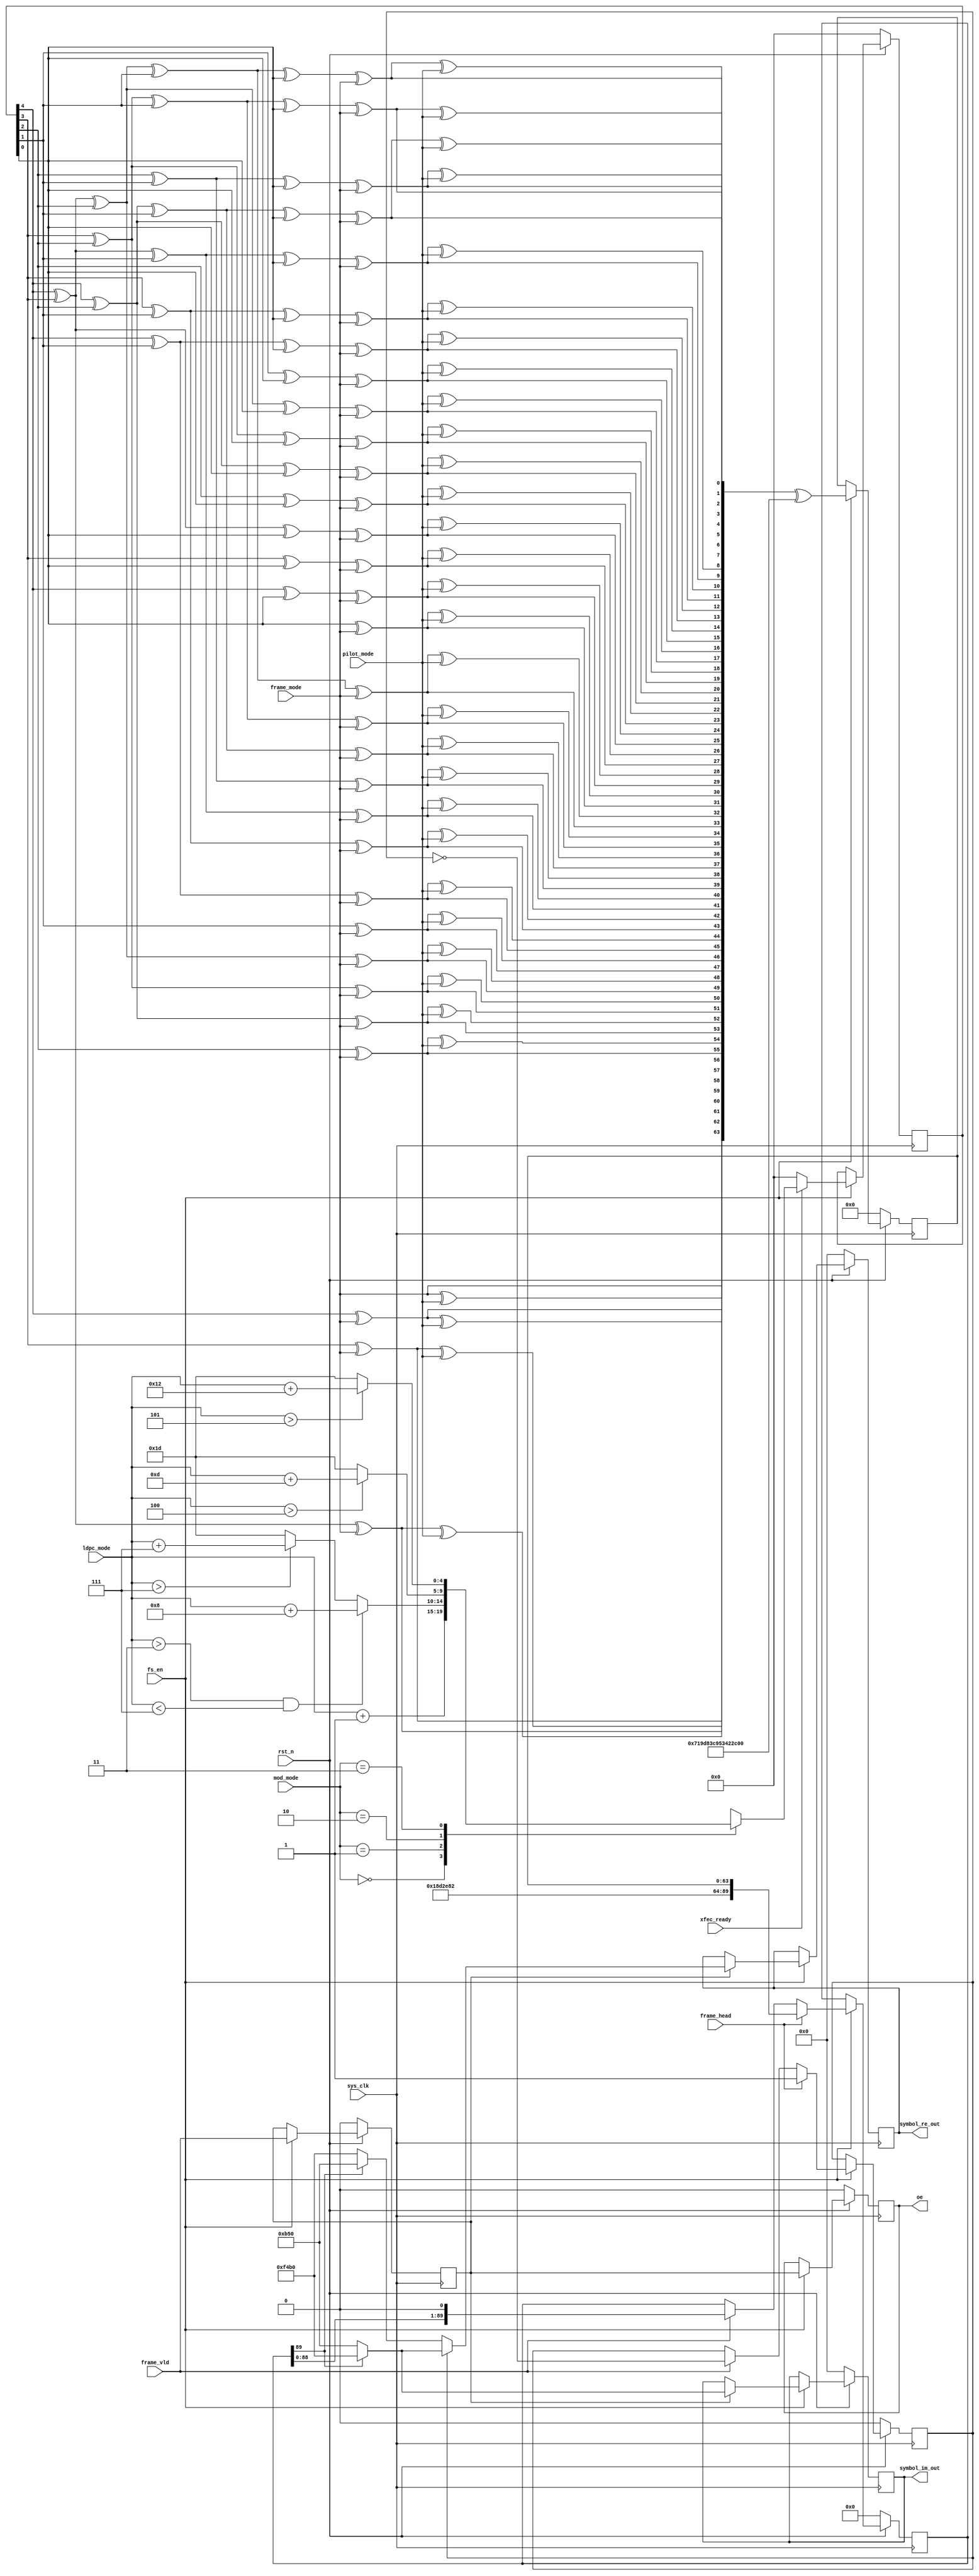
`timescale 1ns / 1ps
module genplheader(
input	          							sys_clk,
input											fs_en,
input	          							rst_n,
//////////////////////////////////////////////////////////////
input	          							frame_vld,
input	          							frame_head,
input	          							xfec_ready,// must earlier 2 cycles than frame_head
input	          		[1:0]				mod_mode,
input	          		[3:0]				ldpc_mode,
input	          							frame_mode,
input	          							pilot_mode,

output 				reg						oe,
output 				reg	signed	[15:0]			symbol_re_out,
output 				reg	signed	[15:0]			symbol_im_out
);

reg							[4:0]			MODCOD;

always @(posedge sys_clk)begin
	if(~rst_n)begin
		MODCOD <= 5'b00000;
	end
	else if(fs_en == 1'b1)begin
		if(xfec_ready == 1'b1)begin
			case(mod_mode)
			2'b00:begin
				MODCOD <= ldpc_mode + 5'b00001;
			end
			2'b01:begin
				if((ldpc_mode>4'b0011)&&(ldpc_mode<4'b0111))begin
					MODCOD <= ldpc_mode + 5'b01000;
				end
				else if(ldpc_mode>4'b0111)begin
					MODCOD <= ldpc_mode + 5'b00111;
				end
				else begin
					MODCOD <= 5'b11101;
				end
			end
			2'b10:begin
				if(ldpc_mode>4'b0100)begin
					MODCOD <= ldpc_mode + 5'b01101;
				end
				else begin
					MODCOD <= 5'b11101;
				end
			end
			2'b11:begin
				if(ldpc_mode>4'b0101)begin
					MODCOD <= ldpc_mode + 5'b10010;
				end
				else begin
					MODCOD <= 5'b11101;
				end
			end
			default:begin
				MODCOD <= 5'b11101;
			end
			endcase
		end
		else begin
			MODCOD <= 5'b00000;
		end
	end
	else begin
	end
end

wire			[1:0]				TYPE_BIT;

assign	TYPE_BIT = {pilot_mode,frame_mode};

wire			[3:0]				Header_y_1msb;
wire			[3:0]				Header_y_2msb;
wire			[3:0]				Header_y_3msb;
wire			[3:0]				Header_y_4msb;
wire			[3:0]				Header_y_5msb;
wire			[3:0]				Header_y_6msb;
wire			[3:0]				Header_y_7msb;
wire			[3:0]				Header_y_8msb;

// matrix y1~y32
assign	Header_y_1msb = {TYPE_BIT[0],(MODCOD[4])^TYPE_BIT[0],(MODCOD[3])^TYPE_BIT[0],(MODCOD[4])^(MODCOD[3])^TYPE_BIT[0]};
assign	Header_y_2msb = {(MODCOD[2])^TYPE_BIT[0],(MODCOD[4])^(MODCOD[2])^TYPE_BIT[0],(MODCOD[3])^(MODCOD[2])^TYPE_BIT[0],(MODCOD[4])^(MODCOD[3])^(MODCOD[2])^TYPE_BIT[0]};
assign	Header_y_3msb = {(MODCOD[1])^TYPE_BIT[0],(MODCOD[4])^(MODCOD[1])^TYPE_BIT[0],(MODCOD[3])^(MODCOD[1])^TYPE_BIT[0],(MODCOD[4])^(MODCOD[3])^(MODCOD[1])^TYPE_BIT[0]};
assign	Header_y_4msb = {(MODCOD[2])^(MODCOD[1])^TYPE_BIT[0],(MODCOD[4])^(MODCOD[2])^(MODCOD[1])^TYPE_BIT[0],(MODCOD[3])^(MODCOD[2])^(MODCOD[1])^TYPE_BIT[0],(MODCOD[4])^(MODCOD[3])^(MODCOD[2])^(MODCOD[1])^TYPE_BIT[0]};
assign	Header_y_5msb = {(MODCOD[0])^TYPE_BIT[0],(MODCOD[4])^(MODCOD[0])^TYPE_BIT[0],(MODCOD[3])^(MODCOD[0])^TYPE_BIT[0],(MODCOD[4])^(MODCOD[3])^(MODCOD[0])^TYPE_BIT[0]};
assign	Header_y_6msb = {(MODCOD[2])^(MODCOD[0])^TYPE_BIT[0],(MODCOD[4])^(MODCOD[2])^(MODCOD[0])^TYPE_BIT[0],(MODCOD[3])^(MODCOD[2])^(MODCOD[0])^TYPE_BIT[0],(MODCOD[4])^(MODCOD[3])^(MODCOD[2])^(MODCOD[0])^TYPE_BIT[0]};
assign	Header_y_7msb = {(MODCOD[1])^(MODCOD[0])^TYPE_BIT[0],(MODCOD[4])^(MODCOD[1])^(MODCOD[0])^TYPE_BIT[0],(MODCOD[3])^(MODCOD[1])^(MODCOD[0])^TYPE_BIT[0],(MODCOD[4])^(MODCOD[3])^(MODCOD[1])^(MODCOD[0])^TYPE_BIT[0]};
assign	Header_y_8msb = {(MODCOD[2])^(MODCOD[1])^(MODCOD[0])^TYPE_BIT[0],(MODCOD[4])^(MODCOD[2])^(MODCOD[1])^(MODCOD[0])^TYPE_BIT[0],(MODCOD[3])^(MODCOD[2])^(MODCOD[1])^(MODCOD[0])^TYPE_BIT[0],(MODCOD[4])^(MODCOD[3])^(MODCOD[2])^(MODCOD[1])^(MODCOD[0])^TYPE_BIT[0]};

// matrix y32~y1
wire			[3:0]				Header_y_1msb_inv;
wire			[3:0]				Header_y_2msb_inv;
wire			[3:0]				Header_y_3msb_inv;
wire			[3:0]				Header_y_4msb_inv;
wire			[3:0]				Header_y_5msb_inv;
wire			[3:0]				Header_y_6msb_inv;
wire			[3:0]				Header_y_7msb_inv;
wire			[3:0]				Header_y_8msb_inv;

assign	Header_y_1msb_inv = {Header_y_1msb[0],Header_y_1msb[1],Header_y_1msb[2],Header_y_1msb[3]};
assign	Header_y_2msb_inv = {Header_y_2msb[0],Header_y_2msb[1],Header_y_2msb[2],Header_y_2msb[3]};
assign	Header_y_3msb_inv = {Header_y_3msb[0],Header_y_3msb[1],Header_y_3msb[2],Header_y_3msb[3]};
assign	Header_y_4msb_inv = {Header_y_4msb[0],Header_y_4msb[1],Header_y_4msb[2],Header_y_4msb[3]};
assign	Header_y_5msb_inv = {Header_y_5msb[0],Header_y_5msb[1],Header_y_5msb[2],Header_y_5msb[3]};
assign	Header_y_6msb_inv = {Header_y_6msb[0],Header_y_6msb[1],Header_y_6msb[2],Header_y_6msb[3]};
assign	Header_y_7msb_inv = {Header_y_7msb[0],Header_y_7msb[1],Header_y_7msb[2],Header_y_7msb[3]};
assign	Header_y_8msb_inv = {Header_y_8msb[0],Header_y_8msb[1],Header_y_8msb[2],Header_y_8msb[3]};

parameter	Header_Scramble_Arrays = 64'b0111000110011101100000111100100101010011010000100010110111111010;

wire			[7:0]				PLS_BIT_1msb;
wire			[7:0]				PLS_BIT_2msb;
wire			[7:0]				PLS_BIT_3msb;
wire			[7:0]				PLS_BIT_4msb;
wire			[7:0]				PLS_BIT_5msb;
wire			[7:0]				PLS_BIT_6msb;
wire			[7:0]				PLS_BIT_7msb;
wire			[7:0]				PLS_BIT_8msb;

wire			[7:0]				PLS_BIT_1msb_inv;
wire			[7:0]				PLS_BIT_2msb_inv;
wire			[7:0]				PLS_BIT_3msb_inv;
wire			[7:0]				PLS_BIT_4msb_inv;
wire			[7:0]				PLS_BIT_5msb_inv;
wire			[7:0]				PLS_BIT_6msb_inv;
wire			[7:0]				PLS_BIT_7msb_inv;
wire			[7:0]				PLS_BIT_8msb_inv;


assign	PLS_BIT_1msb = {Header_y_1msb[3],Header_y_1msb[3]^TYPE_BIT[1],Header_y_1msb[2],Header_y_1msb[2]^TYPE_BIT[1],Header_y_1msb[1],Header_y_1msb[1]^TYPE_BIT[1],Header_y_1msb[0],Header_y_1msb[0]^TYPE_BIT[1]};
assign	PLS_BIT_2msb = {Header_y_2msb[3],Header_y_2msb[3]^TYPE_BIT[1],Header_y_2msb[2],Header_y_2msb[2]^TYPE_BIT[1],Header_y_2msb[1],Header_y_2msb[1]^TYPE_BIT[1],Header_y_2msb[0],Header_y_2msb[0]^TYPE_BIT[1]};
assign	PLS_BIT_3msb = {Header_y_3msb[3],Header_y_3msb[3]^TYPE_BIT[1],Header_y_3msb[2],Header_y_3msb[2]^TYPE_BIT[1],Header_y_3msb[1],Header_y_3msb[1]^TYPE_BIT[1],Header_y_3msb[0],Header_y_3msb[0]^TYPE_BIT[1]};
assign	PLS_BIT_4msb = {Header_y_4msb[3],Header_y_4msb[3]^TYPE_BIT[1],Header_y_4msb[2],Header_y_4msb[2]^TYPE_BIT[1],Header_y_4msb[1],Header_y_4msb[1]^TYPE_BIT[1],Header_y_4msb[0],Header_y_4msb[0]^TYPE_BIT[1]};
assign	PLS_BIT_5msb = {Header_y_5msb[3],Header_y_5msb[3]^TYPE_BIT[1],Header_y_5msb[2],Header_y_5msb[2]^TYPE_BIT[1],Header_y_5msb[1],Header_y_5msb[1]^TYPE_BIT[1],Header_y_5msb[0],Header_y_5msb[0]^TYPE_BIT[1]};
assign	PLS_BIT_6msb = {Header_y_6msb[3],Header_y_6msb[3]^TYPE_BIT[1],Header_y_6msb[2],Header_y_6msb[2]^TYPE_BIT[1],Header_y_6msb[1],Header_y_6msb[1]^TYPE_BIT[1],Header_y_6msb[0],Header_y_6msb[0]^TYPE_BIT[1]};
assign	PLS_BIT_7msb = {Header_y_7msb[3],Header_y_7msb[3]^TYPE_BIT[1],Header_y_7msb[2],Header_y_7msb[2]^TYPE_BIT[1],Header_y_7msb[1],Header_y_7msb[1]^TYPE_BIT[1],Header_y_7msb[0],Header_y_7msb[0]^TYPE_BIT[1]};
assign	PLS_BIT_8msb = {Header_y_8msb[3],Header_y_8msb[3]^TYPE_BIT[1],Header_y_8msb[2],Header_y_8msb[2]^TYPE_BIT[1],Header_y_8msb[1],Header_y_8msb[1]^TYPE_BIT[1],Header_y_8msb[0],Header_y_8msb[0]^TYPE_BIT[1]};

assign	PLS_BIT_1msb_inv = {Header_y_1msb_inv[3],Header_y_1msb_inv[3]^TYPE_BIT[1],Header_y_1msb_inv[2],Header_y_1msb_inv[2]^TYPE_BIT[1],Header_y_1msb_inv[1],Header_y_1msb_inv[1]^TYPE_BIT[1],Header_y_1msb_inv[0],Header_y_1msb_inv[0]^TYPE_BIT[1]};
assign	PLS_BIT_2msb_inv = {Header_y_2msb_inv[3],Header_y_2msb_inv[3]^TYPE_BIT[1],Header_y_2msb_inv[2],Header_y_2msb_inv[2]^TYPE_BIT[1],Header_y_2msb_inv[1],Header_y_2msb_inv[1]^TYPE_BIT[1],Header_y_2msb_inv[0],Header_y_2msb_inv[0]^TYPE_BIT[1]};
assign	PLS_BIT_3msb_inv = {Header_y_3msb_inv[3],Header_y_3msb_inv[3]^TYPE_BIT[1],Header_y_3msb_inv[2],Header_y_3msb_inv[2]^TYPE_BIT[1],Header_y_3msb_inv[1],Header_y_3msb_inv[1]^TYPE_BIT[1],Header_y_3msb_inv[0],Header_y_3msb_inv[0]^TYPE_BIT[1]};
assign	PLS_BIT_4msb_inv = {Header_y_4msb_inv[3],Header_y_4msb_inv[3]^TYPE_BIT[1],Header_y_4msb_inv[2],Header_y_4msb_inv[2]^TYPE_BIT[1],Header_y_4msb_inv[1],Header_y_4msb_inv[1]^TYPE_BIT[1],Header_y_4msb_inv[0],Header_y_4msb_inv[0]^TYPE_BIT[1]};
assign	PLS_BIT_5msb_inv = {Header_y_5msb_inv[3],Header_y_5msb_inv[3]^TYPE_BIT[1],Header_y_5msb_inv[2],Header_y_5msb_inv[2]^TYPE_BIT[1],Header_y_5msb_inv[1],Header_y_5msb_inv[1]^TYPE_BIT[1],Header_y_5msb_inv[0],Header_y_5msb_inv[0]^TYPE_BIT[1]};
assign	PLS_BIT_6msb_inv = {Header_y_6msb_inv[3],Header_y_6msb_inv[3]^TYPE_BIT[1],Header_y_6msb_inv[2],Header_y_6msb_inv[2]^TYPE_BIT[1],Header_y_6msb_inv[1],Header_y_6msb_inv[1]^TYPE_BIT[1],Header_y_6msb_inv[0],Header_y_6msb_inv[0]^TYPE_BIT[1]};
assign	PLS_BIT_7msb_inv = {Header_y_7msb_inv[3],Header_y_7msb_inv[3]^TYPE_BIT[1],Header_y_7msb_inv[2],Header_y_7msb_inv[2]^TYPE_BIT[1],Header_y_7msb_inv[1],Header_y_7msb_inv[1]^TYPE_BIT[1],Header_y_7msb_inv[0],Header_y_7msb_inv[0]^TYPE_BIT[1]};
assign	PLS_BIT_8msb_inv = {Header_y_8msb_inv[3],Header_y_8msb_inv[3]^TYPE_BIT[1],Header_y_8msb_inv[2],Header_y_8msb_inv[2]^TYPE_BIT[1],Header_y_8msb_inv[1],Header_y_8msb_inv[1]^TYPE_BIT[1],Header_y_8msb_inv[0],Header_y_8msb_inv[0]^TYPE_BIT[1]};



wire			[63:0]				PLS_BIT_Array;      
wire			[63:0]				PLS_BIT_Array_inv;

assign	PLS_BIT_Array = {PLS_BIT_1msb,PLS_BIT_2msb,PLS_BIT_3msb,PLS_BIT_4msb,PLS_BIT_5msb,PLS_BIT_6msb,PLS_BIT_7msb,PLS_BIT_8msb};// matrix y1~y32
assign	PLS_BIT_Array_inv = {PLS_BIT_8msb_inv,PLS_BIT_7msb_inv,PLS_BIT_6msb_inv,PLS_BIT_5msb_inv,PLS_BIT_4msb_inv,PLS_BIT_3msb_inv,PLS_BIT_2msb_inv,PLS_BIT_1msb_inv};// matrix y32~y1


reg				[63:0]				PLS_BIT;

always @(posedge sys_clk)begin
	if(~rst_n)begin
		PLS_BIT <= 64'h0;
	end
	else if(fs_en == 1'b1)begin
		PLS_BIT <= PLS_BIT_Array^Header_Scramble_Arrays;    
		//PLS_BIT <= PLS_BIT_Array_inv^Header_Scramble_Arrays;

	end
	else begin
	end
end
	
	
wire			[89:0]				PL_HEADER;	

//assign	PL_HEADER = {26'h18D2E82,PLS_BIT^{64{(~TYPE_BIT[1])}}};

assign	PL_HEADER = {26'h18D2E82,PLS_BIT};

reg								symbol_cnt_reg;

always @(posedge sys_clk)begin
	if(~rst_n)begin
		symbol_cnt_reg <= 1'h0;
	end
	else if(fs_en == 1'b1)begin
		if(frame_head == 1'b1)begin
			symbol_cnt_reg <= 1'h1;
		end
		else if(frame_vld == 1'b1)begin
			symbol_cnt_reg <= ~symbol_cnt_reg;
		end
	end
	else begin
	end
end

reg			[89:0]				PL_HEADER_shift;

always @(posedge sys_clk)begin
	if(~rst_n)begin
		PL_HEADER_shift <= 90'h00;
	end
	else if(fs_en == 1'b1)begin
		if(frame_head == 1'b1)begin
			PL_HEADER_shift <= PL_HEADER;
		end
		else if(frame_vld == 1'b1)begin
			PL_HEADER_shift <= {PL_HEADER_shift[88:0],1'b0};           //thinking
		end
	end
	else begin
	end
end

reg								frame_vld_1dly;

always @(posedge sys_clk)begin
	if(~rst_n)begin
		frame_vld_1dly <= 1'h0;
		oe			   <= 1'h0;
	end
	else if(fs_en == 1'b1)begin
		frame_vld_1dly <= frame_vld;
		oe			   <= frame_vld_1dly;
	end
	else begin
	end
end

always @(posedge sys_clk)begin
	if(~rst_n)begin
		symbol_re_out <= 16'sh0000;
		symbol_im_out <= 16'sh0000;
	end
	else if(fs_en == 1'b1)begin
		if(frame_vld_1dly == 1'b1)begin
			if(symbol_cnt_reg == 1'b1)begin
				if(PL_HEADER_shift[89] == 1'b1)begin
					symbol_re_out <= 16'shf4b0;
					symbol_im_out <= 16'shf4b0;
				end
				else begin
					symbol_re_out <= 16'sh0b50;
					symbol_im_out <= 16'sh0b50;
				end
			end
			else begin
				if(PL_HEADER_shift[89] == 1'b0)begin
					symbol_re_out <= 16'shf4b0;
					symbol_im_out <= 16'sh0b50;
				end
				else begin
					symbol_re_out <= 16'sh0b50;
					symbol_im_out <= 16'shf4b0;
				end
			end
		end
	end
	else begin
	end
end


endmodule